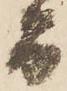
而